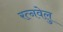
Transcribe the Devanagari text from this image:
रत्नवेलु